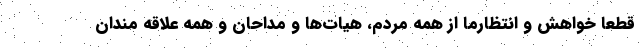
قطعا خواهش و انتظارما از همه مردم، هیات‌ها و مداحان و همه علاقه مندان